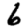
Digit: 6